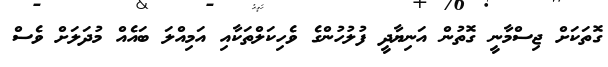
ގޮތަކަށް ޖިސްމާނީ ގޮތުން އަނިޔާދީ ފުލުހުންގެ ވެހިކަލްތަކާއި އަމިއްލަ ބައެއް މުދަލަށް ވެސް